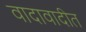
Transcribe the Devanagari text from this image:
वादावादीत